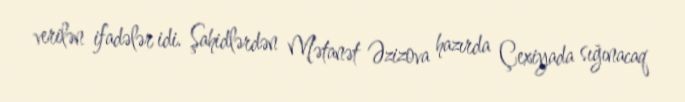
verilən ifadələr idi. Şahidlərdən Mətanət Əzizova hazırda Çexiyada sığınacaq